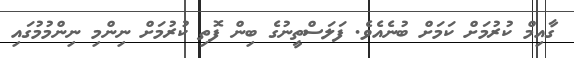
ގާއިމް ކުރުމަށް ކަމަށް ބުނެއެވެ. ފަލަސްތީނުގެ ބިން ފޮތި ކުރުމަށް ނިންމި ނިންމުމުގައި